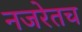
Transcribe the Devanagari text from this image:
नजरेतच